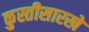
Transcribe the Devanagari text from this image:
कुस्तीसारखे